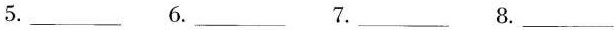
5. ___ 6___. 7. ___ 8. ___